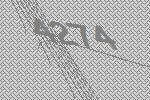
4274